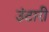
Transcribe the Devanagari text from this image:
उंटारी